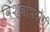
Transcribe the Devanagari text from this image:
विश्वोपयोगी